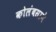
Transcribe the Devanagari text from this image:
कोलंबसाने